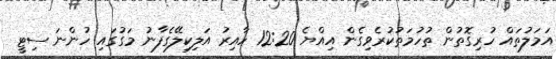
އަމަލުތައް ހުރިގޮތުން ތުހުމަތުކުރެވިގެން އިއްޔެ 12:20 ހާއިރު އަލިކިލޭގެފާނު މަގުގައި ހުންނަ ސިޓީ